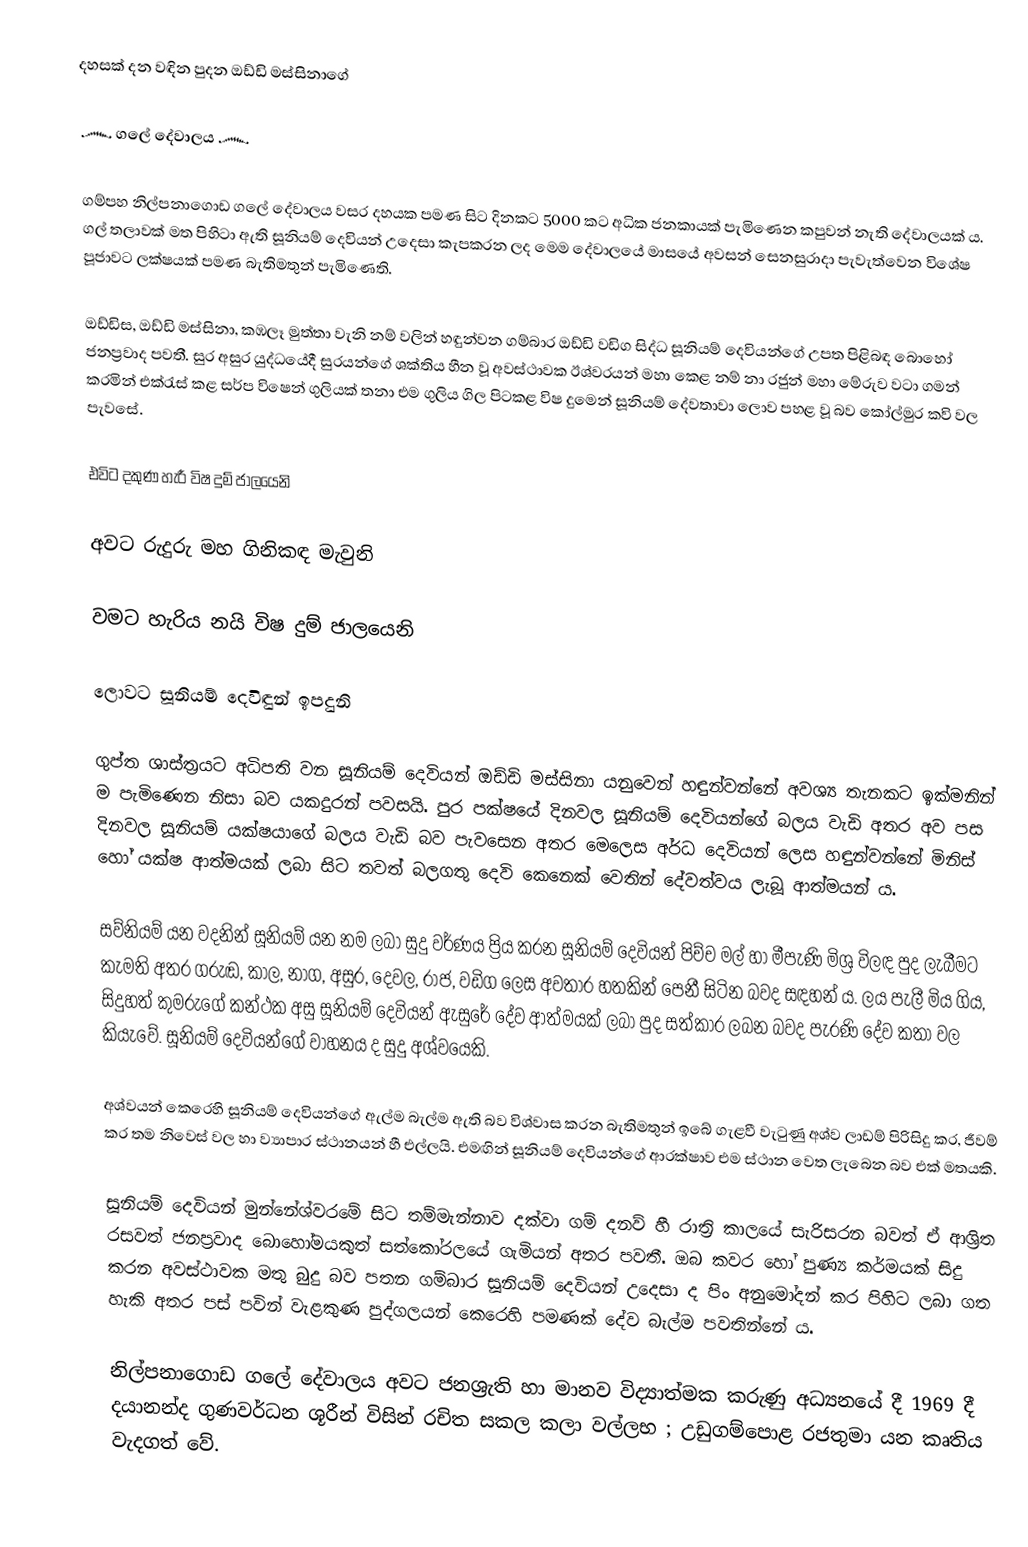
දහසක් දන වඳින පුදන ඔඩ්ඩි මස්සිනාගේ

      ෴ ගලේ දේවාලය ෴

   ගම්පහ නිල්පනාගොඩ ගලේ දේවාලය වසර දහයක පමණ සිට දිනකට 5000 කට අධික ජනකායක් පැමිණෙන කපුවන් නැති දේවාලයක් ය. ගල් තලාවක් මත පිහිටා ඇති සූනියම් දෙවියන් උදෙසා කැපකරන ලද මෙම දේවාලයේ මාසයේ අවසන් සෙනසුරාදා පැවැත්වෙන විශේෂ පූජාවට ලක්ෂයක් පමණ බැතිමතුන් පැමිණෙති.

   ඔඩ්ඩිස, ඔඩ්ඩි මස්සිනා, කඹලෑ මුත්තා වැනි නම් වලින් හඳුන්වන ගම්බාර ඔඩ්ඩි වඩිග සිද්ධ සූනියම් දෙවියන්ගේ උපත පිළිබඳ බොහෝ ජනප්‍රවාද පවතී. සුර අසුර යුද්ධයේදී සුරයන්ගේ ශක්තිය හීන වූ අවස්ථාවක ඊශ්වරයන් මහා කෙළ නම් නා රජුන් මහා මේරුව වටා ගමන් කරමින් එක්රැස් කළ සර්ප විෂෙන් ගුලියක් තනා එම ගුලිය ගිල පිටකළ විෂ දුමෙන් සූනියම් දේවතාවා ලොව පහළ වූ බව කෝල්මුර කවි වල පැවසේ.

   එවිට දකුණ හැරී විෂ දුම් ජාලයෙනි

   අවට රුදුරු මහ ගිනිකඳ මැවුනි

   වමට හැරිය නයි විෂ දුම් ජාලයෙනි

   ලොවට සූනියම් දෙවිඳුන් ඉපදුනි

   ගුප්ත ශාස්ත්‍රයට අධිපති වන සූනියම් දෙවියන් ඔඩ්ඩි මස්සිනා යනුවෙන් හඳුන්වන්නේ අවශ්‍ය තැනකට ඉක්මනින් ම පැමිණෙන නිසා බව යකදුරන් පවසයි. පුර පක්ෂයේ දිනවල සූනියම් දෙවියන්ගේ බලය වැඩි අතර අව පස දිනවල සූනියම් යක්ෂයාගේ බලය වැඩි බව පැවසෙන අතර මෙලෙස අර්ධ දෙවියන් ලෙස හඳුන්වන්නේ මිනිස් හෝ යක්ෂ ආත්මයක් ලබා සිට තවත් බලගතු දෙවි කෙනෙක් වෙතින් දේවත්වය ලැබූ ආත්මයන් ය.

  සව්නියම් යන වදනින් සූනියම් යන නම ලබා සුදු වර්ණය ප්‍රිය කරන සූනියම් දෙවියන් පිච්ච මල් හා මීපැණි මිශ්‍ර විලඳ පුද ලැබීමට කැමති අතර ගරුඬ, කාල, නාග, අසුර, දෙවල, රාජ, වඩිග ලෙස අවතාර හතකින් පෙනී සිටින බවද සඳහන් ය. ලය පැලී මිය ගිය, සිදුහත් කුමරුගේ කන්ථක අසු සූනියම් දෙවියන් ඇසුරේ දේව ආත්මයක් ලබා පුද සත්කාර ලබන බවද පැරණි දේව කතා වල කියැවේ. සූනියම් දෙවියන්ගේ වාහනය ද සුදු අශ්වයෙකි.

   අශ්වයන් කෙරෙහි සූනියම් දෙවියන්ගේ ඇල්ම බැල්ම ඇති බව විශ්වාස කරන බැතිමතුන් ඉබේ ගැළවී වැටුණු අශ්ව ලාඩම් පිරිසිදු කර, ජීවම් කර තම නිවෙස් වල හා ව්‍යාපාර ස්ථානයන් හී එල්ලයි. එමඟින් සූනියම් දෙවියන්ගේ ආරක්ෂාව එම ස්ථාන වෙත ලැබෙන බව එක් මතයකි.

   සූනියම් දෙවියන් මුන්නේශ්වරමේ සිට තම්මැන්නාව දක්වා ගම් දනව් හී රාත්‍රි කාලයේ සැරිසරන බවත් ඒ ආශ්‍රිත රසවත් ජනප්‍රවාද බොහෝමයකුත් සත්කෝරලයේ ගැමියන් අතර පවතී. ඔබ කවර හෝ පුණ්‍ය කර්මයක් සිදු කරන අවස්ථාවක මතු බුදු බව පතන ගම්බාර සූනියම් දෙවියන් උදෙසා ද පිං අනුමෝදන් කර පිහිට ලබා ගත හැකි අතර පස් පවින් වැළකුණ පුද්ගලයන් කෙරෙහි පමණක් දේව බැල්ම පවතින්නේ ය.

   නිල්පනාගොඩ ගලේ දේවාලය අවට ජනශ්‍රැති හා මානව විද්‍යාත්මක කරුණු අධ්‍යනයේ දී 1969 දී දයානන්ද ගුණවර්ධන ශූරීන් විසින් රචිත සකල කලා වල්ලභ ; උඩුගම්පොළ රජතුමා යන කෘතිය වැදගත් වේ.